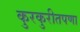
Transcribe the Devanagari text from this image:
कुरकुरीतपणा